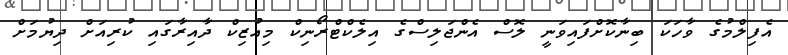
އެފިލްމުގެ ވާހަކަ ބިނާކޮށްފައިވަނީ ލޮސް އެންޖަލިސްގެ އިލެކްޓްރޯނިކް މިއުޒިކް ދާއިރާގައި ކުރިއަށް ދިޔުމަށް